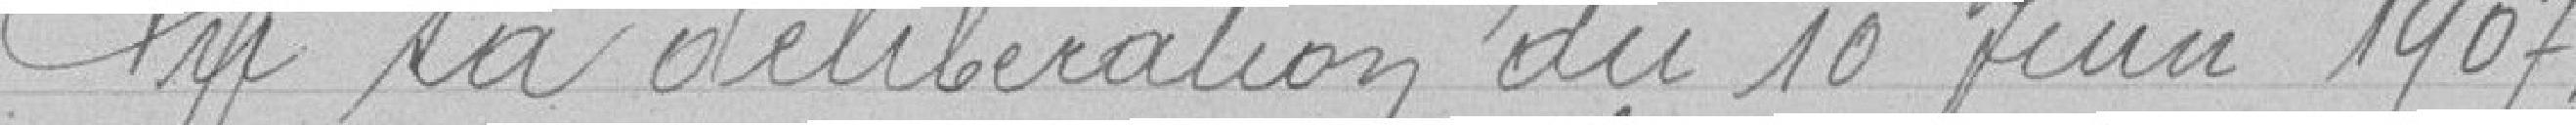
Vu sa délibération du 10 Juin 1907,